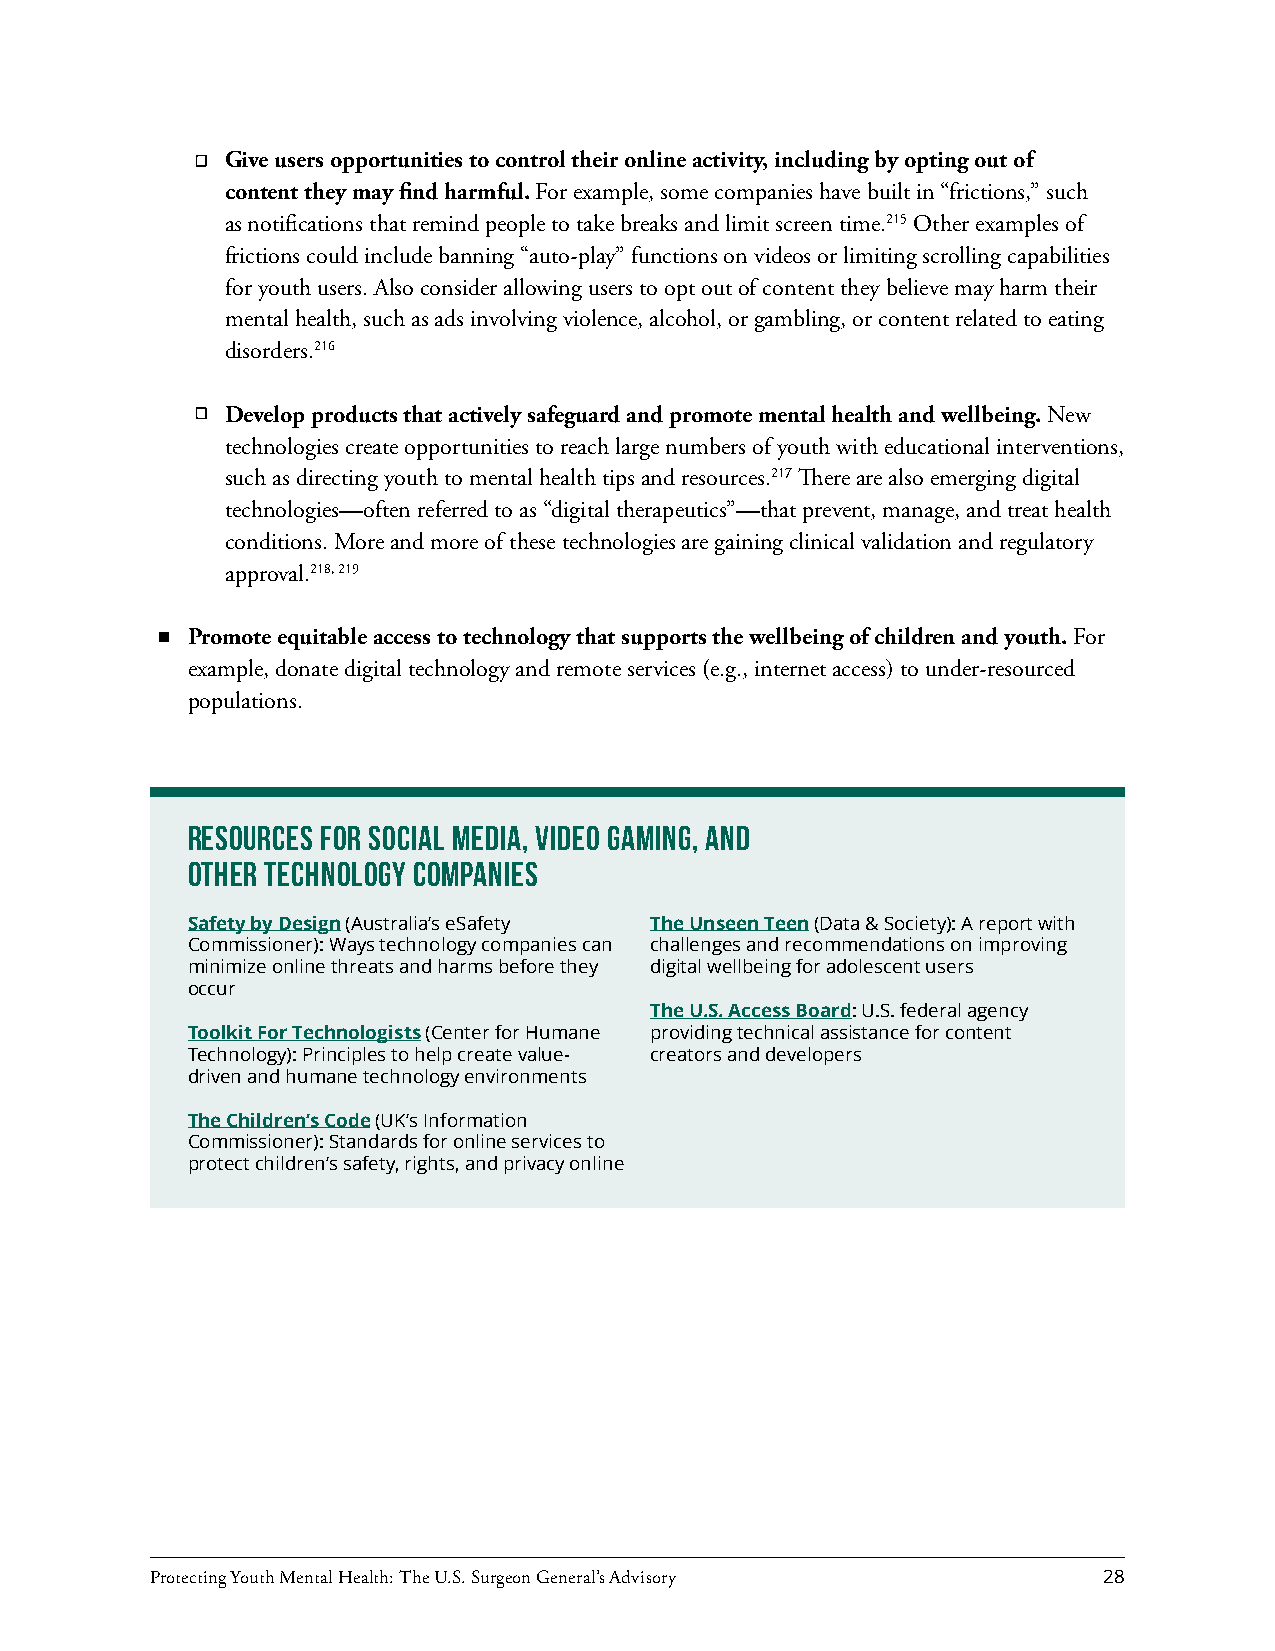
Give users opportunities to control their online activity, including by opting out of
 content they may find harmful. For example, some companies have built in “frictions,” such
 as notifications that remind people to take breaks and limit screen time.215 Other examples of
 frictions could include banning “auto-play” functions on videos or limiting scrolling capabilities
 for youth users. Also consider allowing users to opt out of content they believe may harm their
 mental health, such as ads involving violence, alcohol, or gambling, or content related to eating
 disorders.216
 Develop products that actively safeguard and promote mental health and wellbeing. New
 technologies create opportunities to reach large numbers of youth with educational interventions,
 such as directing youth to mental health tips and resources.217 There are also emerging digital
 technologies—often referred to as “digital therapeutics”—that prevent, manage, and treat health
 conditions. More and more of these technologies are gaining clinical validation and regulatory
 approval.218, 219
 Promote equitable access to technology that supports the wellbeing of children and youth. For
 example, donate digital technology and remote services (e.g., internet access) to under-resourced
 populations.
 Resources for Social Media, Video Gaming, and
 Other Technology Companies
 Safety by Design (Australia’s eSafety The Unseen Teen (Data & Society): A report with
 Commissioner): Ways technology companies can challenges and recommendations on improving
 minimize online threats and harms before they digital wellbeing for adolescent users
 occur
 The U.S. Access Board: U.S. federal agency
 Toolkit For Technologists (Center for Humane providing technical assistance for content
 Technology): Principles to help create value- creators and developers
 driven and humane technology environments
 The Children’s Code (UK’s Information
 Commissioner): Standards for online services to
 protect children’s safety, rights, and privacy online
 Protecting Youth Mental Health: The U.S. Surgeon General’s Advisory 28